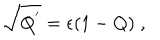
\sqrt { Q ^ { ' } } = \epsilon ( 1 - Q ) \; ,